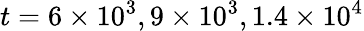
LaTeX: t=6\times 10^{3},9\times 10^{3},1.4\times 10^{4}